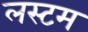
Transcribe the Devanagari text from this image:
लस्टम